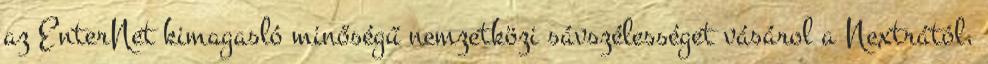
az EnterNet kimagasló minőségű nemzetközi sávszélességet vásárol a Nextrától,